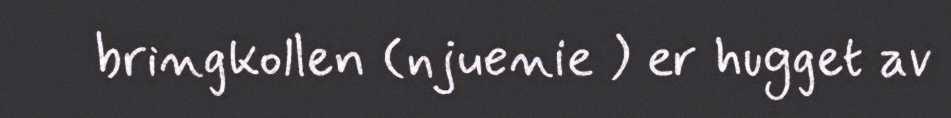
bringkollen (njuenie ) er hugget av